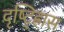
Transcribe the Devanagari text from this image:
दृष्ट्ह्रािस